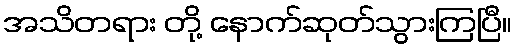
အသိတရား တို့ နောက်ဆုတ်သွားကြပြီ။